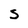
Character: S